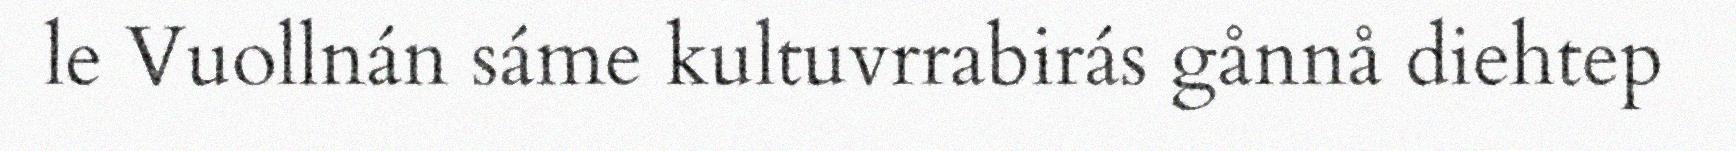
le Vuollnán sáme kultuvrrabirás gånnå diehtep